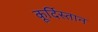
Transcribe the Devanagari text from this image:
कूर्दिस्तान